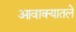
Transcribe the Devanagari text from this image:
आवाक्यातले